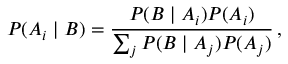
P ( A _ { i } \mid B ) = { \frac { P ( B \mid A _ { i } ) P ( A _ { i } ) } { \sum _ { j } P ( B \mid A _ { j } ) P ( A _ { j } ) } } \, ,